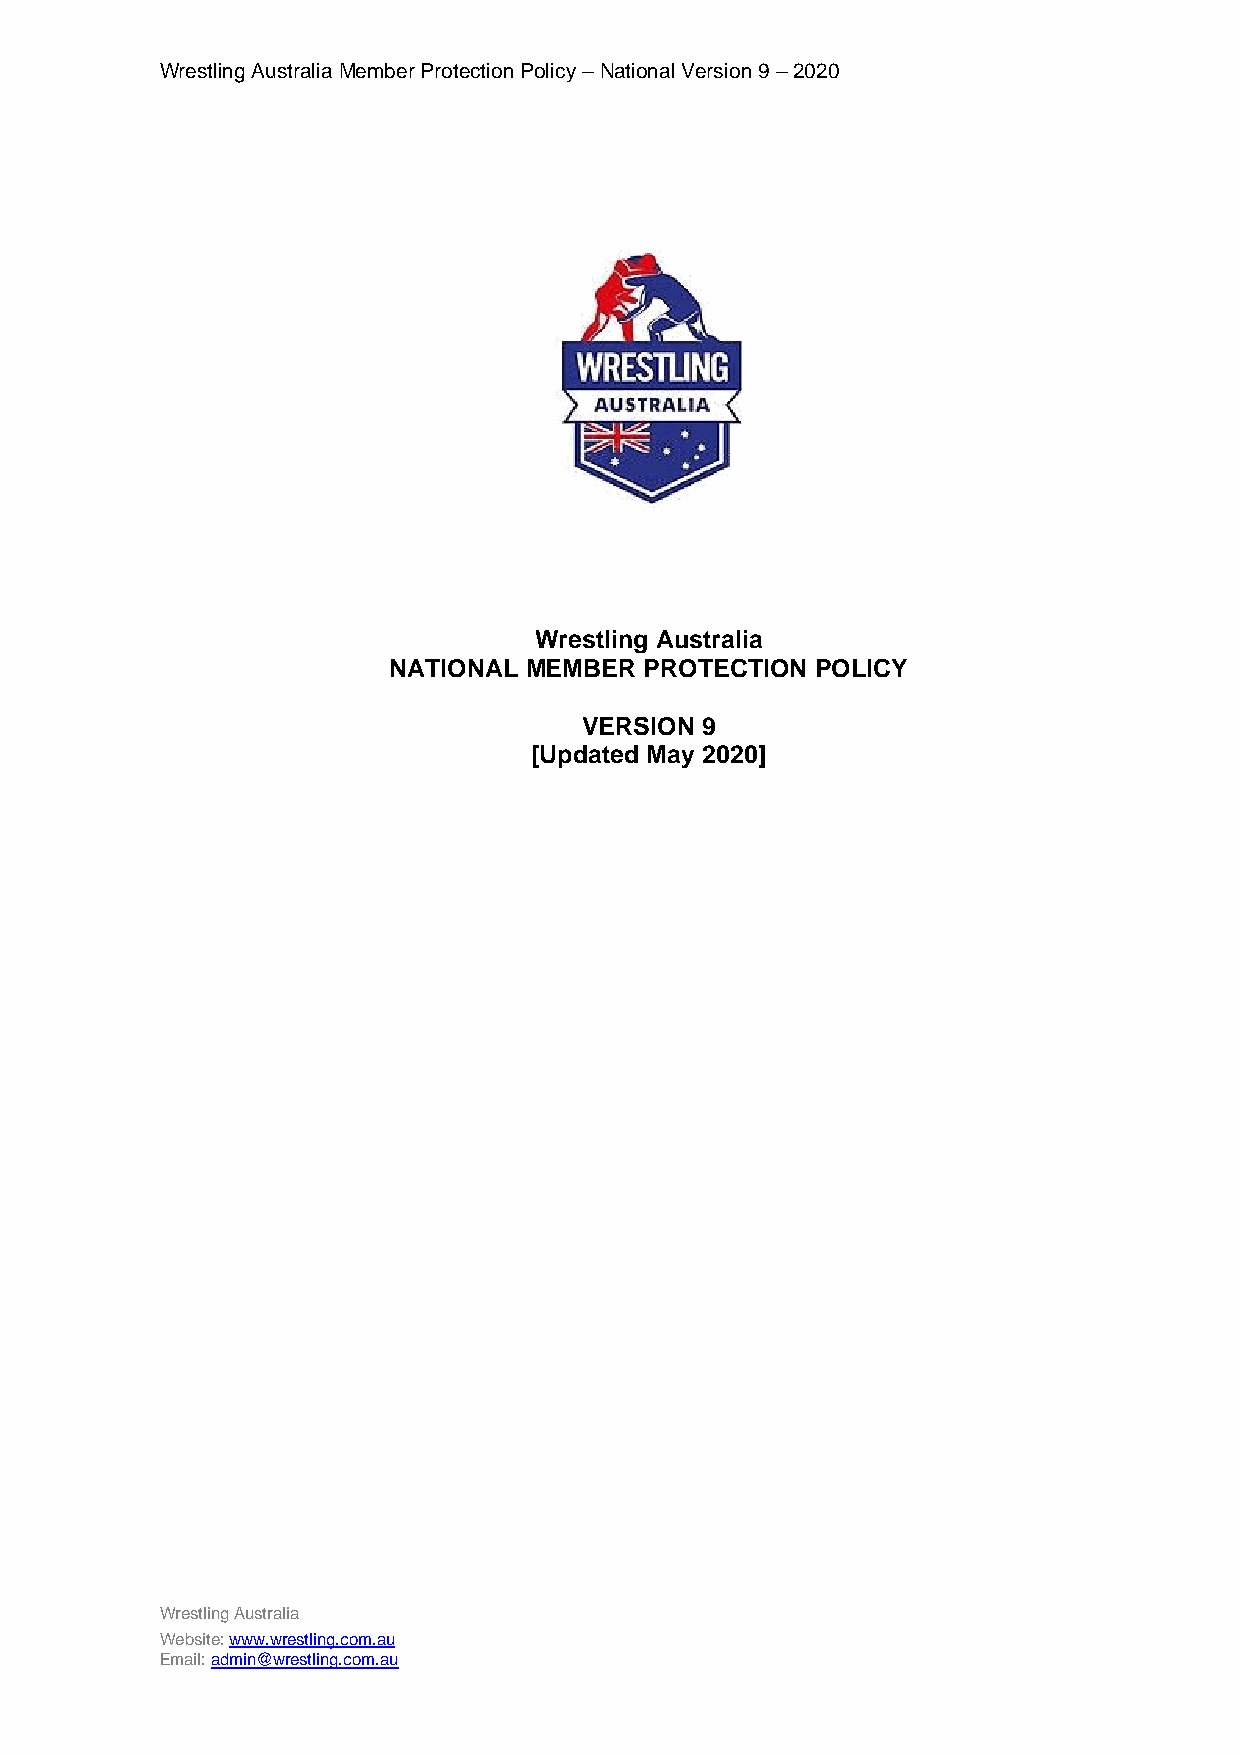
Wrestling Australia Member Protection Policy – National Version 9 – 2020
 Wrestling Australia
 NATIONAL MEMBER  PROTECTION POLICY
 VERSION 9
 [Updated May 2020]
 Wrestling Australia
 Website: www.wrestling.com.au
 Email: admin@wrestling.com.au